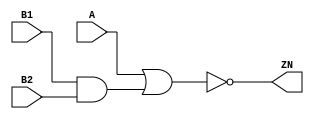
module AOI21_X2 (A, B1, B2, ZN);
  input A;
  input B1;
  input B2;
  output ZN;

  not(ZN, i_8);
  or(i_8, A, i_9);
  and(i_9, B1, B2);


endmodule